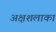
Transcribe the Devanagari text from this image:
अक्षशलाका